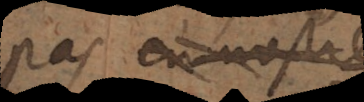
pas en nostre